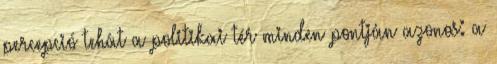
percepció tehát a politikai tér minden pontján azonos: a